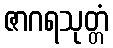
ဇာဂရသုတ္တံ